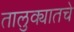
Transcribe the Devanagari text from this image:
तालुक्यातचे